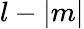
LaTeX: l-\vert m\vert